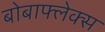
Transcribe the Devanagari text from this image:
बोबाफ्लेक्स